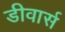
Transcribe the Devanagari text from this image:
डीवार्स